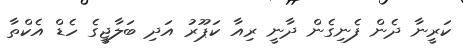
ކަރީނާ ދެން ފެނިގެން ދާނީ ރިއާ ކަޕޫރު އަދި ބަލާޖީގެ ހެޑް އެކްތާ